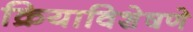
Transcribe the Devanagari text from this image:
क्रियाविशेषणे